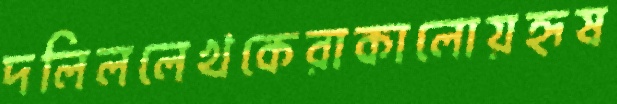
দলিললেখকেরাকালোয়হৃষ